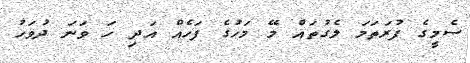
ސެމީގެ ފުރަތަމަ ލެގުތައް މޭ މަހުގެ ފަހެއް އަދި ހަ ވަނަ ދުވަހު